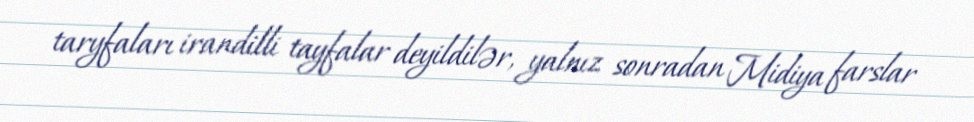
taryfaları irandilli tayfalar deyildilər, yalnız sonradan Midiya farslar